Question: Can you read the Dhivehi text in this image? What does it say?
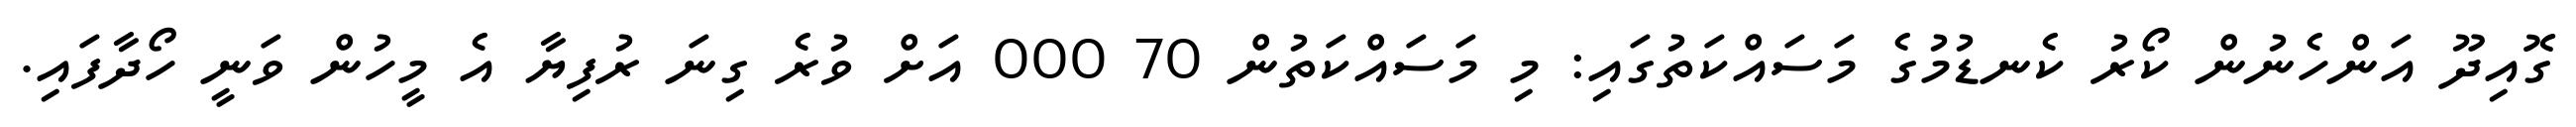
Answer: ގޮއިދޫ އަންހެނުން ކޯރު ކެނޑުމުގެ މަސައްކަތުގައި: މި މަސައްކަތުން 70 000 އަށް ވުރެ ގިނަ ރުފިޔާ އެ މީހުން ވަނީ ހޯދާފައި.